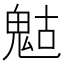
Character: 𩲱